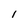
Character: 1